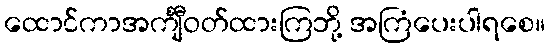
ထောင်ကာအင်္ကျီဝတ်ထားကြဘို့ အကြံပေးပါရစေ။